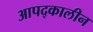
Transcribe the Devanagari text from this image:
आपद्कालीन